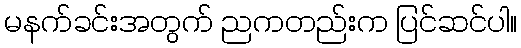
မနက်ခင်းအတွက် ညကတည်းက ပြင်ဆင်ပါ။